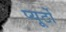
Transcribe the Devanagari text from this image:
प्‍यूर्टो